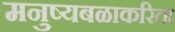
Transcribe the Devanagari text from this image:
मनुष्यबळाकरिता